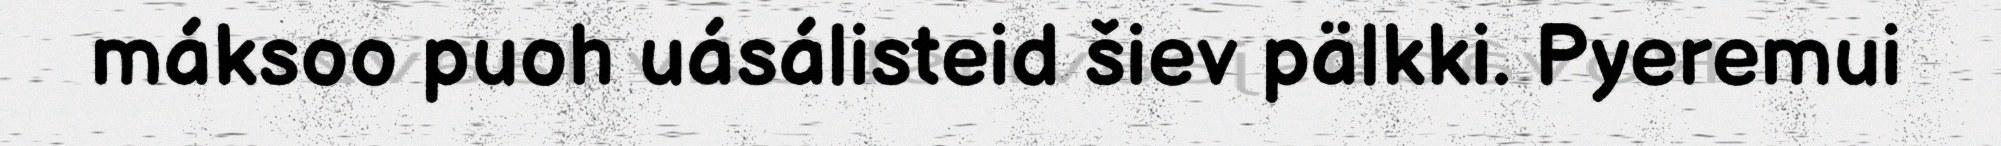
máksoo puoh uásálisteid šiev pälkki. Pyeremui